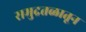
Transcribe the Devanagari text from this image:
समुद्रतळातून